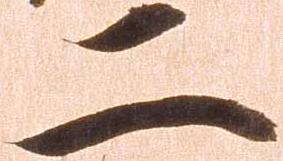
二